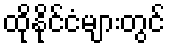
ထိုနိုင်ငံများတွင်